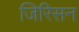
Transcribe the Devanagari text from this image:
जिरिसन